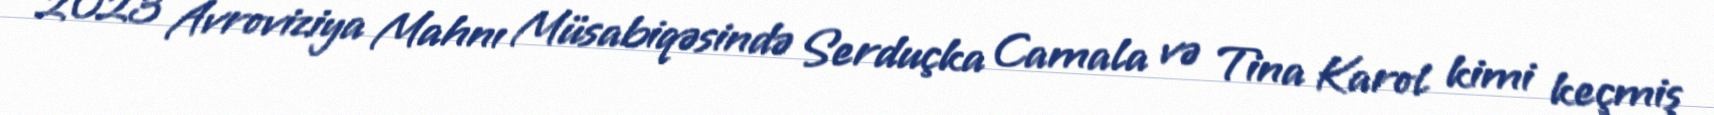
2023 Avroviziya Mahnı Müsabiqəsində Serduçka Camala və Tina Karol kimi keçmiş